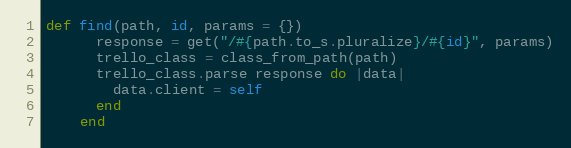
Language: Ruby
def find(path, id, params = {})
      response = get("/#{path.to_s.pluralize}/#{id}", params)
      trello_class = class_from_path(path)
      trello_class.parse response do |data|
        data.client = self
      end
    end